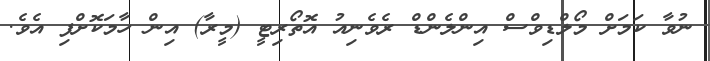
ނުވާ ކަމަށް މޯލްޑިވްސް އިންލެންޑް ރެވެނިއު އޮތޯރިޓީ (މީރާ) އިން ހާމަކޮށްފި އެވެ.